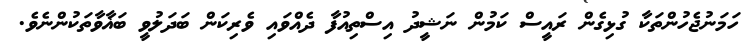
ހަމަނުޖެހުންތަކާ ގުޅިގެން ރައީސް ކަމުން ނަޝީދު އިސްތިއުފާ ދެއްވައި ވެރިކަން ބަދަލުވީ ބަޣާވާތަކުންނެވެ.